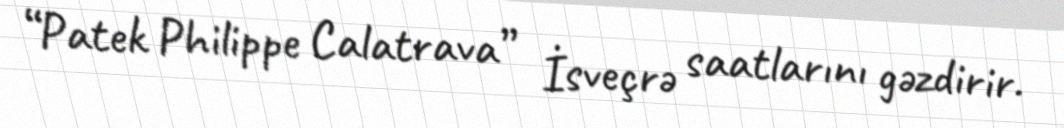
“Patek Philippe Calatrava” İsveçrə saatlarını gəzdirir.